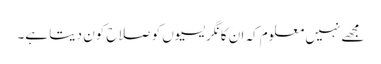
مجھے نہیں معلوم کہ ان کانگریسیوں کو صلاح کون دیتا ہے۔